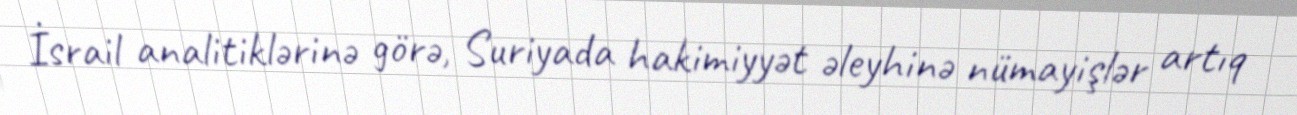
İsrail analitiklərinə görə, Suriyada hakimiyyət əleyhinə nümayişlər artıq